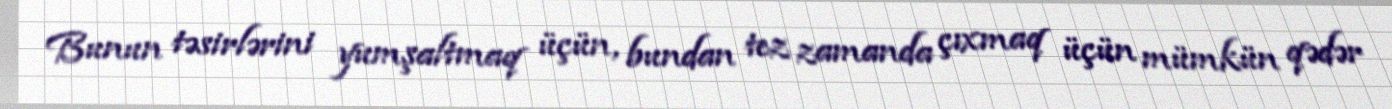
Bunun təsirlərini yumşaltmaq üçün, bundan tez zamanda çıxmaq üçün mümkün qədər